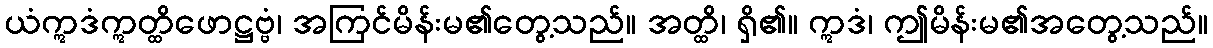
ယံဣဒံဣတ္ထိဖောဋ္ဌဗ္ဗံ၊ အကြင်မိန်းမ၏တွေ့သည်။ အတ္ထိ၊ ရှိ၏။ ဣဒံ၊ ဤမိန်းမ၏အတွေ့သည်။